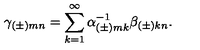
\gamma _ { ( \pm ) m n } = \sum _ { k = 1 } ^ { \infty } \alpha _ { ( \pm ) m k } ^ { - 1 } \beta _ { ( \pm ) k n } .